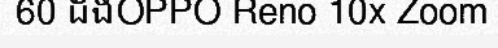
60 ដងOPPO Reno 10x Zoom